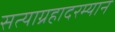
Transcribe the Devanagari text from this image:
सत्याग्रहादरम्यान